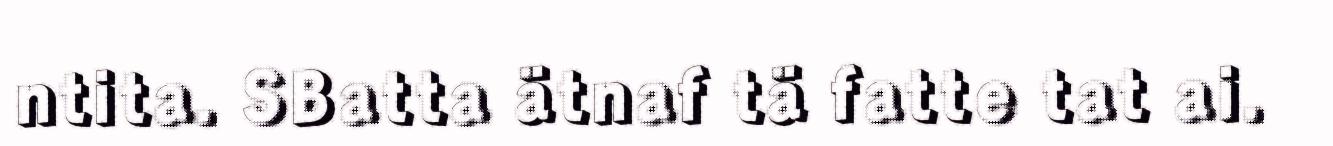
ntita. SBatta ätnaf tä fatte tat ai.